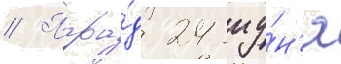
// Пара́д 24 иу́н'я